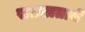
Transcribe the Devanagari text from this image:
सफ़लतायें